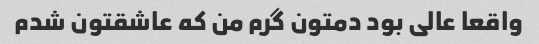
واقعا عالی بود دمتون گرم من که عاشقتون شدم